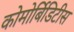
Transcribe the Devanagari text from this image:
कोमोर्बिडिटीस